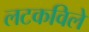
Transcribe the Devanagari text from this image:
लटकविले